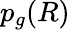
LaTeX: p_{g}(R)